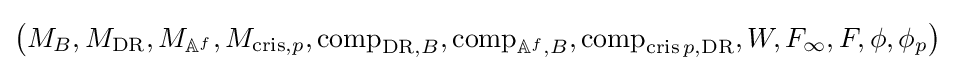
\left(M_{B},M_{\mathrm {DR} },M_{\mathbb {A} ^{f}},M_{\operatorname {cris} ,p},\operatorname {comp} _{\mathrm {DR} ,B},\operatorname {comp} _{\mathbb {A} ^{f},B},\operatorname {comp} _{\operatorname {cris} p,\mathrm {DR} },W,F_{\infty },F,\phi ,\phi _{p}\right)